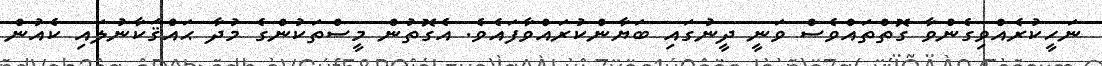
ނަހީކުރެއްވިގެންވާ ގޮތްތައްވެސް ވަނީ ދީނުގައި ބަޔާންކުރައްވާފައެވެ. އެގޮތުން މީސްތަކުންގެ މުދާ ޙައްޤަކާނުލައި ކެއުން